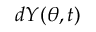
d Y ( \theta , t )